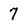
Character: 7